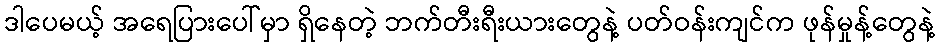
ဒါပေမယ့် အရေပြားပေါ်မှာ ရှိနေတဲ့ ဘက်တီးရီးယားတွေနဲ့ ပတ်ဝန်းကျင်က ဖုန်မှုန့်တွေနဲ့